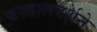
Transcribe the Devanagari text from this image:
चण्डालदर्शने